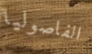
الفاصوليا